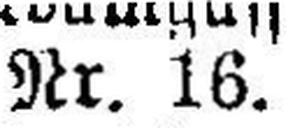
Nr. 16.